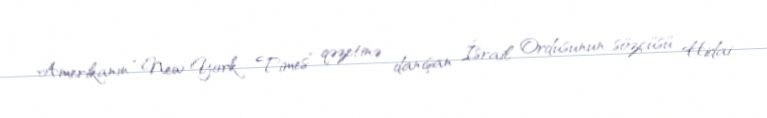
Amerikanın “New York Times” qəzetinə danışan İsrail Ordusunun sözçüsü Hidai